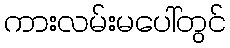
ကားလမ်းမပေါ်တွင်